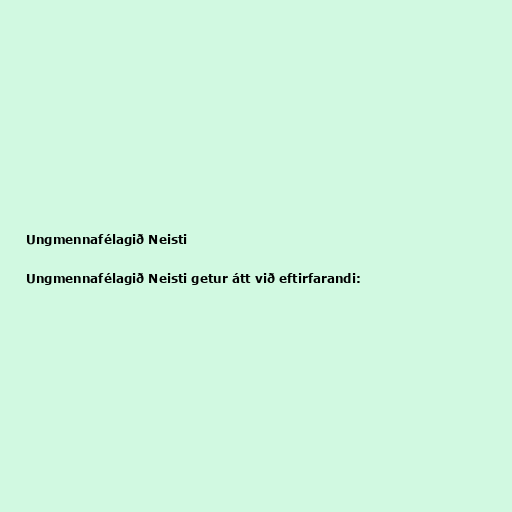
Ungmennafélagið Neisti

Ungmennafélagið Neisti getur átt við eftirfarandi: